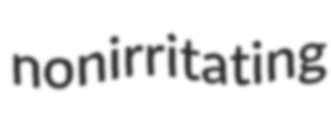
nonirritating